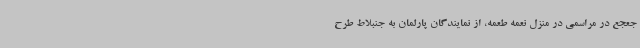
جعجع در مراسمی در منزل نعمه طعمه، از نمایندگان پارلمان به جنبلاط طرح